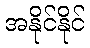
အနိုင်နိုင်